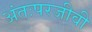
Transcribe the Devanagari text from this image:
अंतःपरजीवी